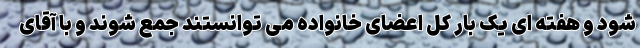
شود و هفته ای یک بار کل اعضای خانواده می توانستند جمع شوند و با آقای